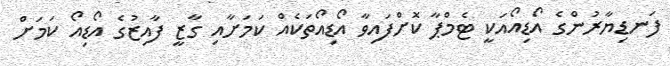
ފަނޑިޔާރުންގެ އޯޑިއޯއަކީ ޓެމްޕާ ކޮށްފައިވާ އޯޑިއޯތަކެއް ކަމަށާއި ގާޒީ ފާއިޒުގެ އޯޑިއޯ ކަމަށް